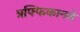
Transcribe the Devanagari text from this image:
त्रफ्फिकानते